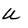
Character: U